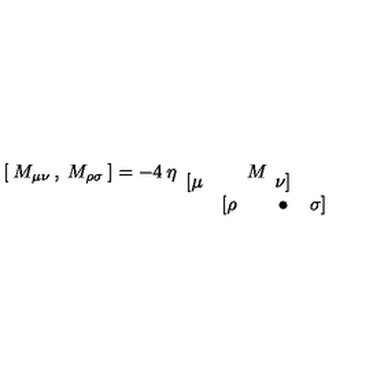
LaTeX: [ \: M _ { \mu \nu } \: , \: M _ { \rho \sigma } \: ] = - 4 \: \eta _ { \begin{array} { c c } { [ \mu } & { } \\ { } & { [ \rho } \\ \end{array} } M _ { \begin{array} { c c } { \nu ] } & { } \\ { \bullet } & { \sigma ] } \\ \end{array} }